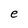
Character: e